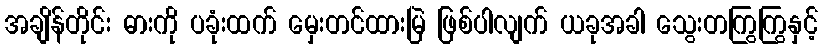
အချိန်တိုင်း ဓားကို ပခုံးထက် မှေးတင်ထားမြဲ ဖြစ်ပါလျက် ယခုအခါ သွေးတကြွကြွနှင့်